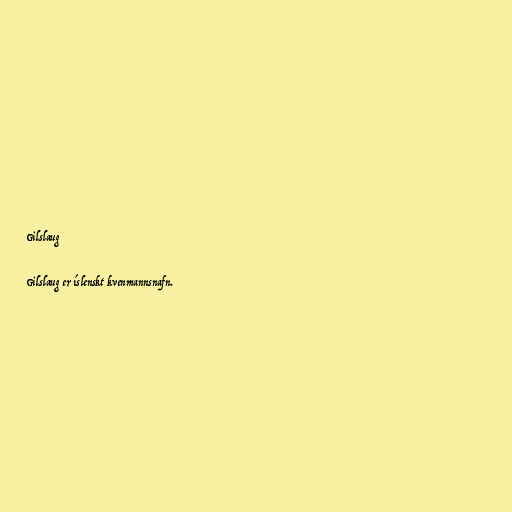
Gilslaug

Gilslaug er íslenskt kvenmannsnafn.